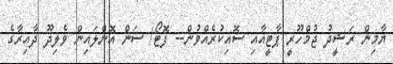
ޔާމިން ރަޝީދު ޖުމްހޫރީ ޕާޓީއާއި ސޮއިކުރެއްވުން-- ފޮޓޯ/ ސަން އޮންލައިން ވެލިދޫ ދާއިރާގެ